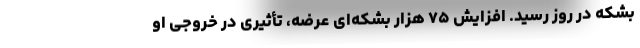
بشکه در روز رسید. افزایش ۷۵ هزار بشکه‌ای عرضه، تأثیری در خروجی او